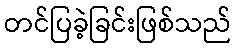
တင်ပြခဲ့ခြင်းဖြစ်သည်